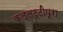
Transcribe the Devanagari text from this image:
कल्लट्टीपूरा